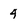
Character: 4